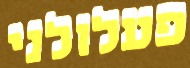
פעלולני